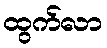
ထွက်လာ